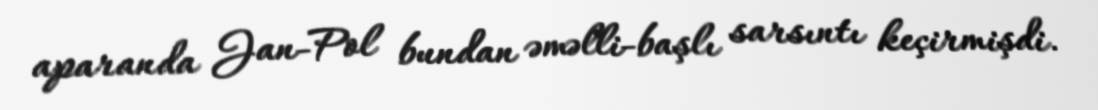
aparanda Jan-Pol bundan əməlli-başlı sarsıntı keçirmişdi.